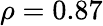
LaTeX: \rho=0.87